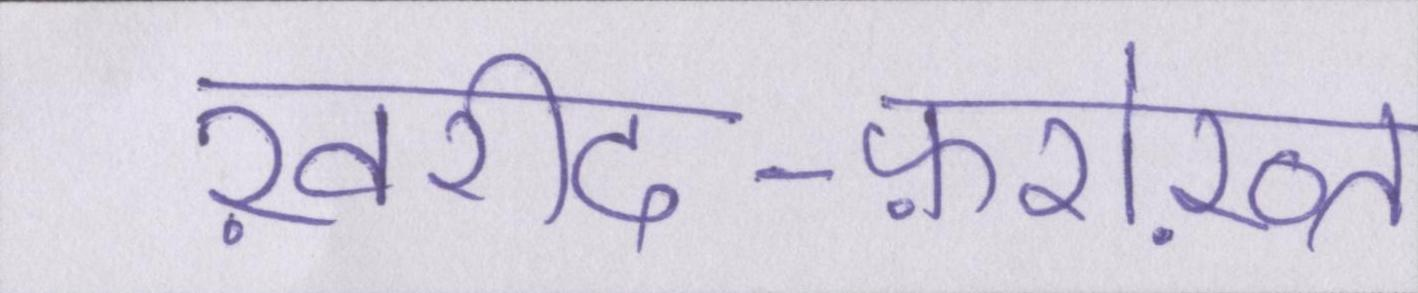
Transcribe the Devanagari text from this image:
ख़रीद-फ़रोख़्त